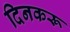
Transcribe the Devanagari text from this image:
दिनकरू